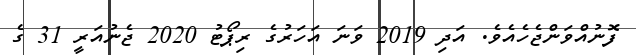
ފޮނުއްވަންޖެހެއެވެ. އަދި 2019 ވަނަ އަހަރުގެ ރިޕޯޓު 2020 ޖެނުއަރީ 31 ގެ